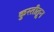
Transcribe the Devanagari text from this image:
कुस्तीतून